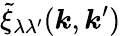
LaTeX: \tilde{\xi}_{\lambda\lambda^{\prime}}(\boldsymbol{k},\boldsymbol{k}^{\prime})